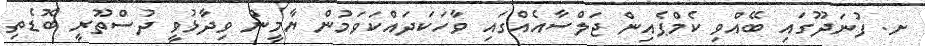
ށ. ފުނަދޫގައި ބޭއްވި ކެމްޕެއިން ޖަލްސާއެއްގައި ވާހަކަދައްކަވަމުން ޔާމީން ވިދާޅުވީ ދުސްތޫރީ ބޮޑެތި